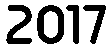
2017